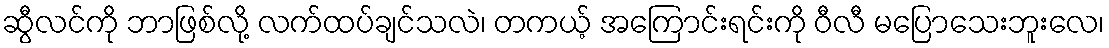
ဆွီလင်ကို ဘာဖြစ်လို့ လက်ထပ်ချင်သလဲ၊ တကယ့် အကြောင်းရင်းကို ဝီလီ မပြောသေးဘူးလေ၊